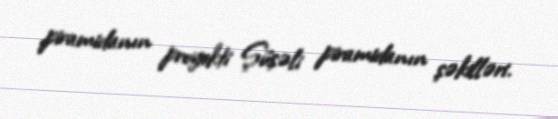
piramidanın proyekti Şüşəli piramidanın şəkilləri.